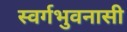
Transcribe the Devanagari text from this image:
स्वर्गभुवनासी